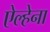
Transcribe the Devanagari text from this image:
ऐल्हेना